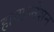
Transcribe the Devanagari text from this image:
हायफ़नेशन